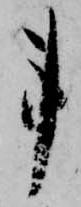
事